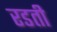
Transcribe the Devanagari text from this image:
रडती